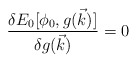
\begin{align*}{{\delta E_0[\phi_0,g(\vec{k})]}\over {\delta g(\vec{k})}}=0\end{align*}